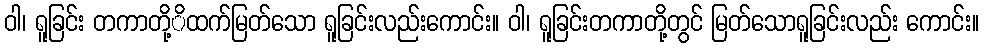
ဝါ၊ ရူခြင်း တကာတို့ိထက်မြတ်သော ရူခြင်းလည်းကောင်း။ ဝါ၊ ရူခြင်းတကာတို့တွင် မြတ်သောရူခြင်းလည်း ကောင်း။